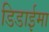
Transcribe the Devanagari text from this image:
डिडाईमा